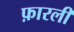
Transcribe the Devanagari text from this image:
फ़ारली